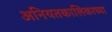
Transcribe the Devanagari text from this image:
अनियतकालिकाच्या